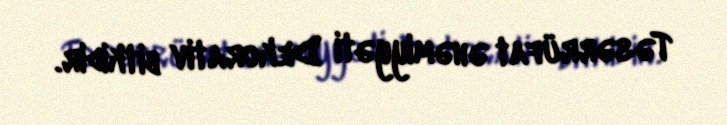
Təsərrüfat əhəmiyyəti Dekorativ bitkidir.